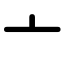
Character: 亠